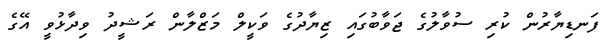
ފަނޑިޔާރުން ކުރި ސުވާލުގެ ޖަވާބުގައި ޒިޔާދުގެ ވަކީލް މަޒްލާން ރަޝީދު ވިދާޅުވީ އޭގެ